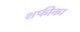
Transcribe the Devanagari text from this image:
शफीका